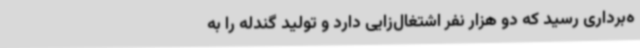
ه‌برداری رسید که دو هزار نفر اشتغال‌زایی دارد و تولید گندله را به